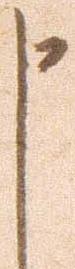
申